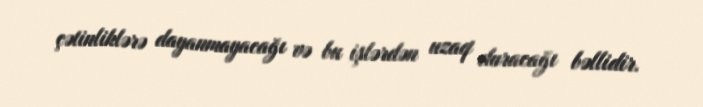
çətinliklərə dayanmayacağı və bu işlərdən uzaq duracağı bəllidir.